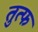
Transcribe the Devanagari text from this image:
तुत्फ